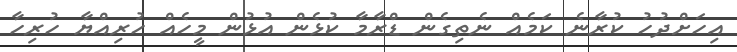
އިހަށްދުހު ކުރާނެ ކަމެއް ނެތިގެން ޑްރާމާ ކުޅެން އުޅުން މީހެއް ހުރިއްޔާ ހުރިހާ